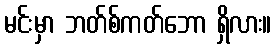
မင်းမှာ ဘတ်စ်ကတ်ဘော ရှိလား။